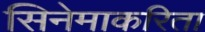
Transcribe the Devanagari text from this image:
सिनेमाकरिता